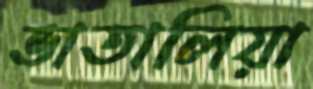
ভাতালিয়া